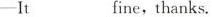
-It___fine, thanks.